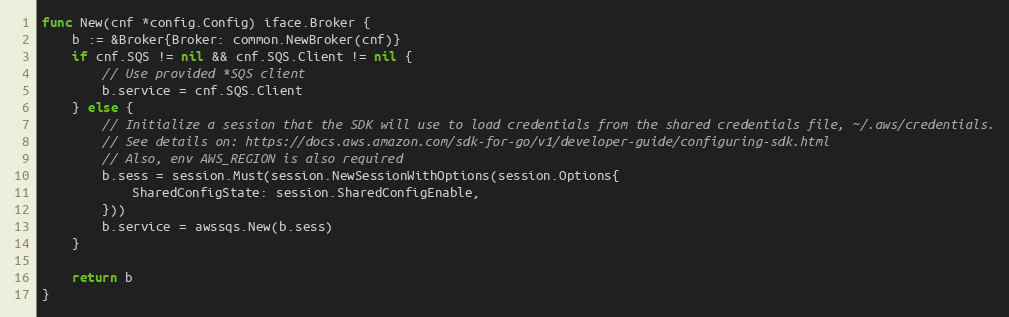
Language: Go
func New(cnf *config.Config) iface.Broker {
	b := &Broker{Broker: common.NewBroker(cnf)}
	if cnf.SQS != nil && cnf.SQS.Client != nil {
		// Use provided *SQS client
		b.service = cnf.SQS.Client
	} else {
		// Initialize a session that the SDK will use to load credentials from the shared credentials file, ~/.aws/credentials.
		// See details on: https://docs.aws.amazon.com/sdk-for-go/v1/developer-guide/configuring-sdk.html
		// Also, env AWS_REGION is also required
		b.sess = session.Must(session.NewSessionWithOptions(session.Options{
			SharedConfigState: session.SharedConfigEnable,
		}))
		b.service = awssqs.New(b.sess)
	}

	return b
}